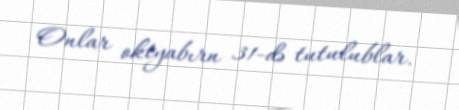
Onlar oktyabırn 31-də tutulublar.